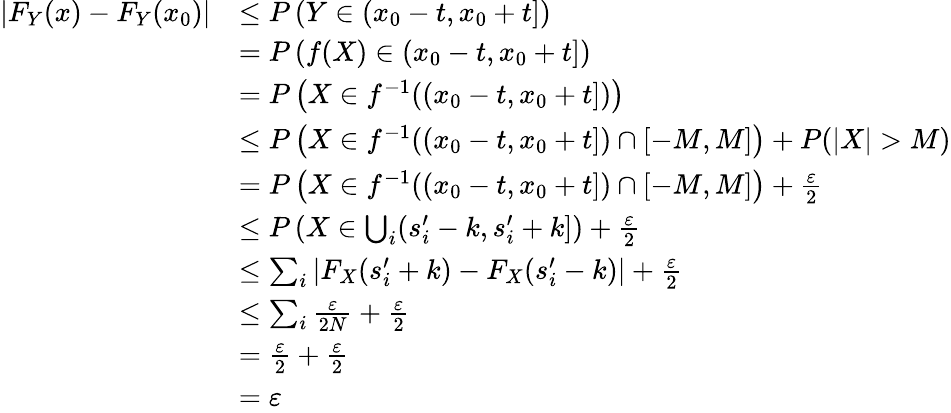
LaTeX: \begin{array}{rl}{\vert F_{Y}(x)-F_{Y}(x_{0})\vert}&{\leq P\left(Y\in(x_{0}-t,x_{0}+t]\right)}\\ &{=P\left(f(X)\in(x_{0}-t,x_{0}+t]\right)}\\ &{=P\left(X\in f^{-1}((x_{0}-t,x_{0}+t])\right)}\\ &{\leq P\left(X\in f^{-1}((x_{0}-t,x_{0}+t])\cap[-M,M]\right)+P(\vert X\vert>M)}\\ &{=P\left(X\in f^{-1}((x_{0}-t,x_{0}+t])\cap[-M,M]\right)+\frac{\varepsilon}{2}}\\ &{\leq P\left(X\in\bigcup_{i}(s_{i}^{\prime}-k,s_{i}^{\prime}+k]\right)+\frac{\varepsilon}{2}}\\ &{\leq\sum_{i}\vert F_{X}(s_{i}^{\prime}+k)-F_{X}(s_{i}^{\prime}-k)\vert+\frac{\varepsilon}{2}}\\ &{\leq\sum_{i}\frac{\varepsilon}{2N}+\frac{\varepsilon}{2}}\\ &{=\frac{\varepsilon}{2}+\frac{\varepsilon}{2}}\\ &{=\varepsilon}\end{array}